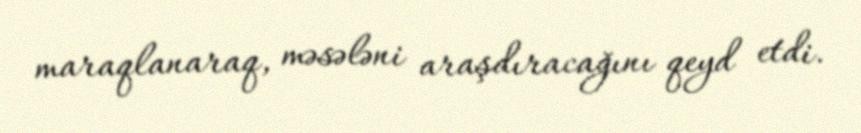
maraqlanaraq, məsələni araşdıracağını qeyd etdi.